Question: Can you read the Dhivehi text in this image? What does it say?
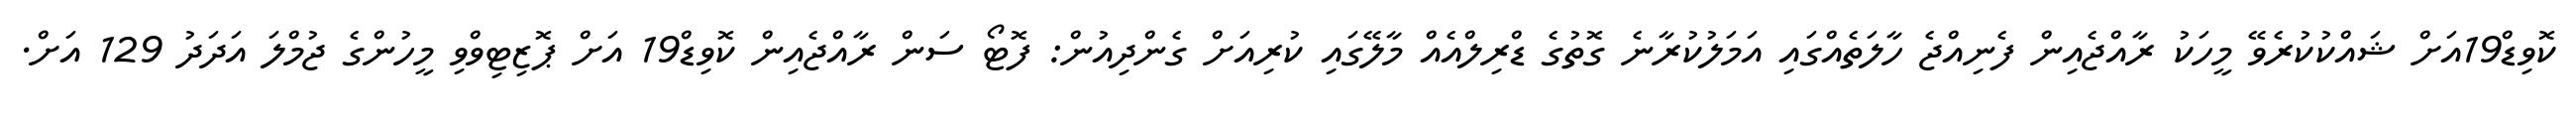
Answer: ކޮވިޑް19އަށް ޝައްކުކުރެވޭ މީހަކު ރާއްޖެއިން ފެނިއްޖެ ހާލަތެއްގައި އަމަލުކުރާނެ ގޮތުގެ ޑްރިލްއެއް މާލޭގައި ކުރިއަށް ގެންދިއުން: ފޮޓޯ ސަން ރާއްޖެއިން ކޮވިޑް19 އަށް ޕޮޒިޓިވްވި މީހުންގެ ޖުމްލަ އަދަދު 129 އަށް.